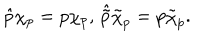
\hat { p } \chi _ { p } = p \chi _ { p } , \, \hat { \tilde { p } } \tilde { \chi } _ { p } = p \tilde { \chi } _ { p } .